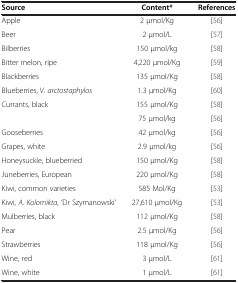
| Source | Content* | References |
 | --- | --- | --- |
 | Apple | 2 μmol/Kg | [56] |
 | Beer | 2 μmol/L | [57] |
 | Bilberries | 150 μmol/kg | [58] |
 | Bitter melon, ripe | 4,220 μmol/Kg | [59] |
 | Blackberries | 135 μmol/Kg | [58] |
 | Blueberries, V. arctostaphylos | 1.3 μmol/Kg | [60] |
 | <ROWSPAN=2> Currants, black | 155 μmol/Kg | [58] |
 | 75 μmol/kg | [56] |
 | Gooseberries | 42 μmol/kg | [56] |
 | Grapes, white | 2.9 μmol/kg | [56] |
 | Honeysuckle, blueberried | 150 μmol/Kg | [58] |
 | Juneberries, European | 220 μmol/Kg | [58] |
 | Kiwi, common varieties | 585 Mol/Kg | [53] |
 | Kiwi, A. Kolomikta, ‘Dr Szymanowski’ | 27,610 μmol/Kg | [53] |
 | Mulberries, black | 112 μmol/Kg | [58] |
 | Pear | 2.5 μmol/Kg | [56] |
 | Strawberries | 118 μmol/Kg | [56] |
 | Wine, red | 3 μmol/L | [61] |
 | Wine, white | 1 μmol/L | [61] |